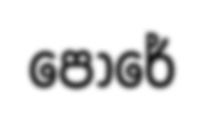
පෝරේ